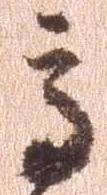
高